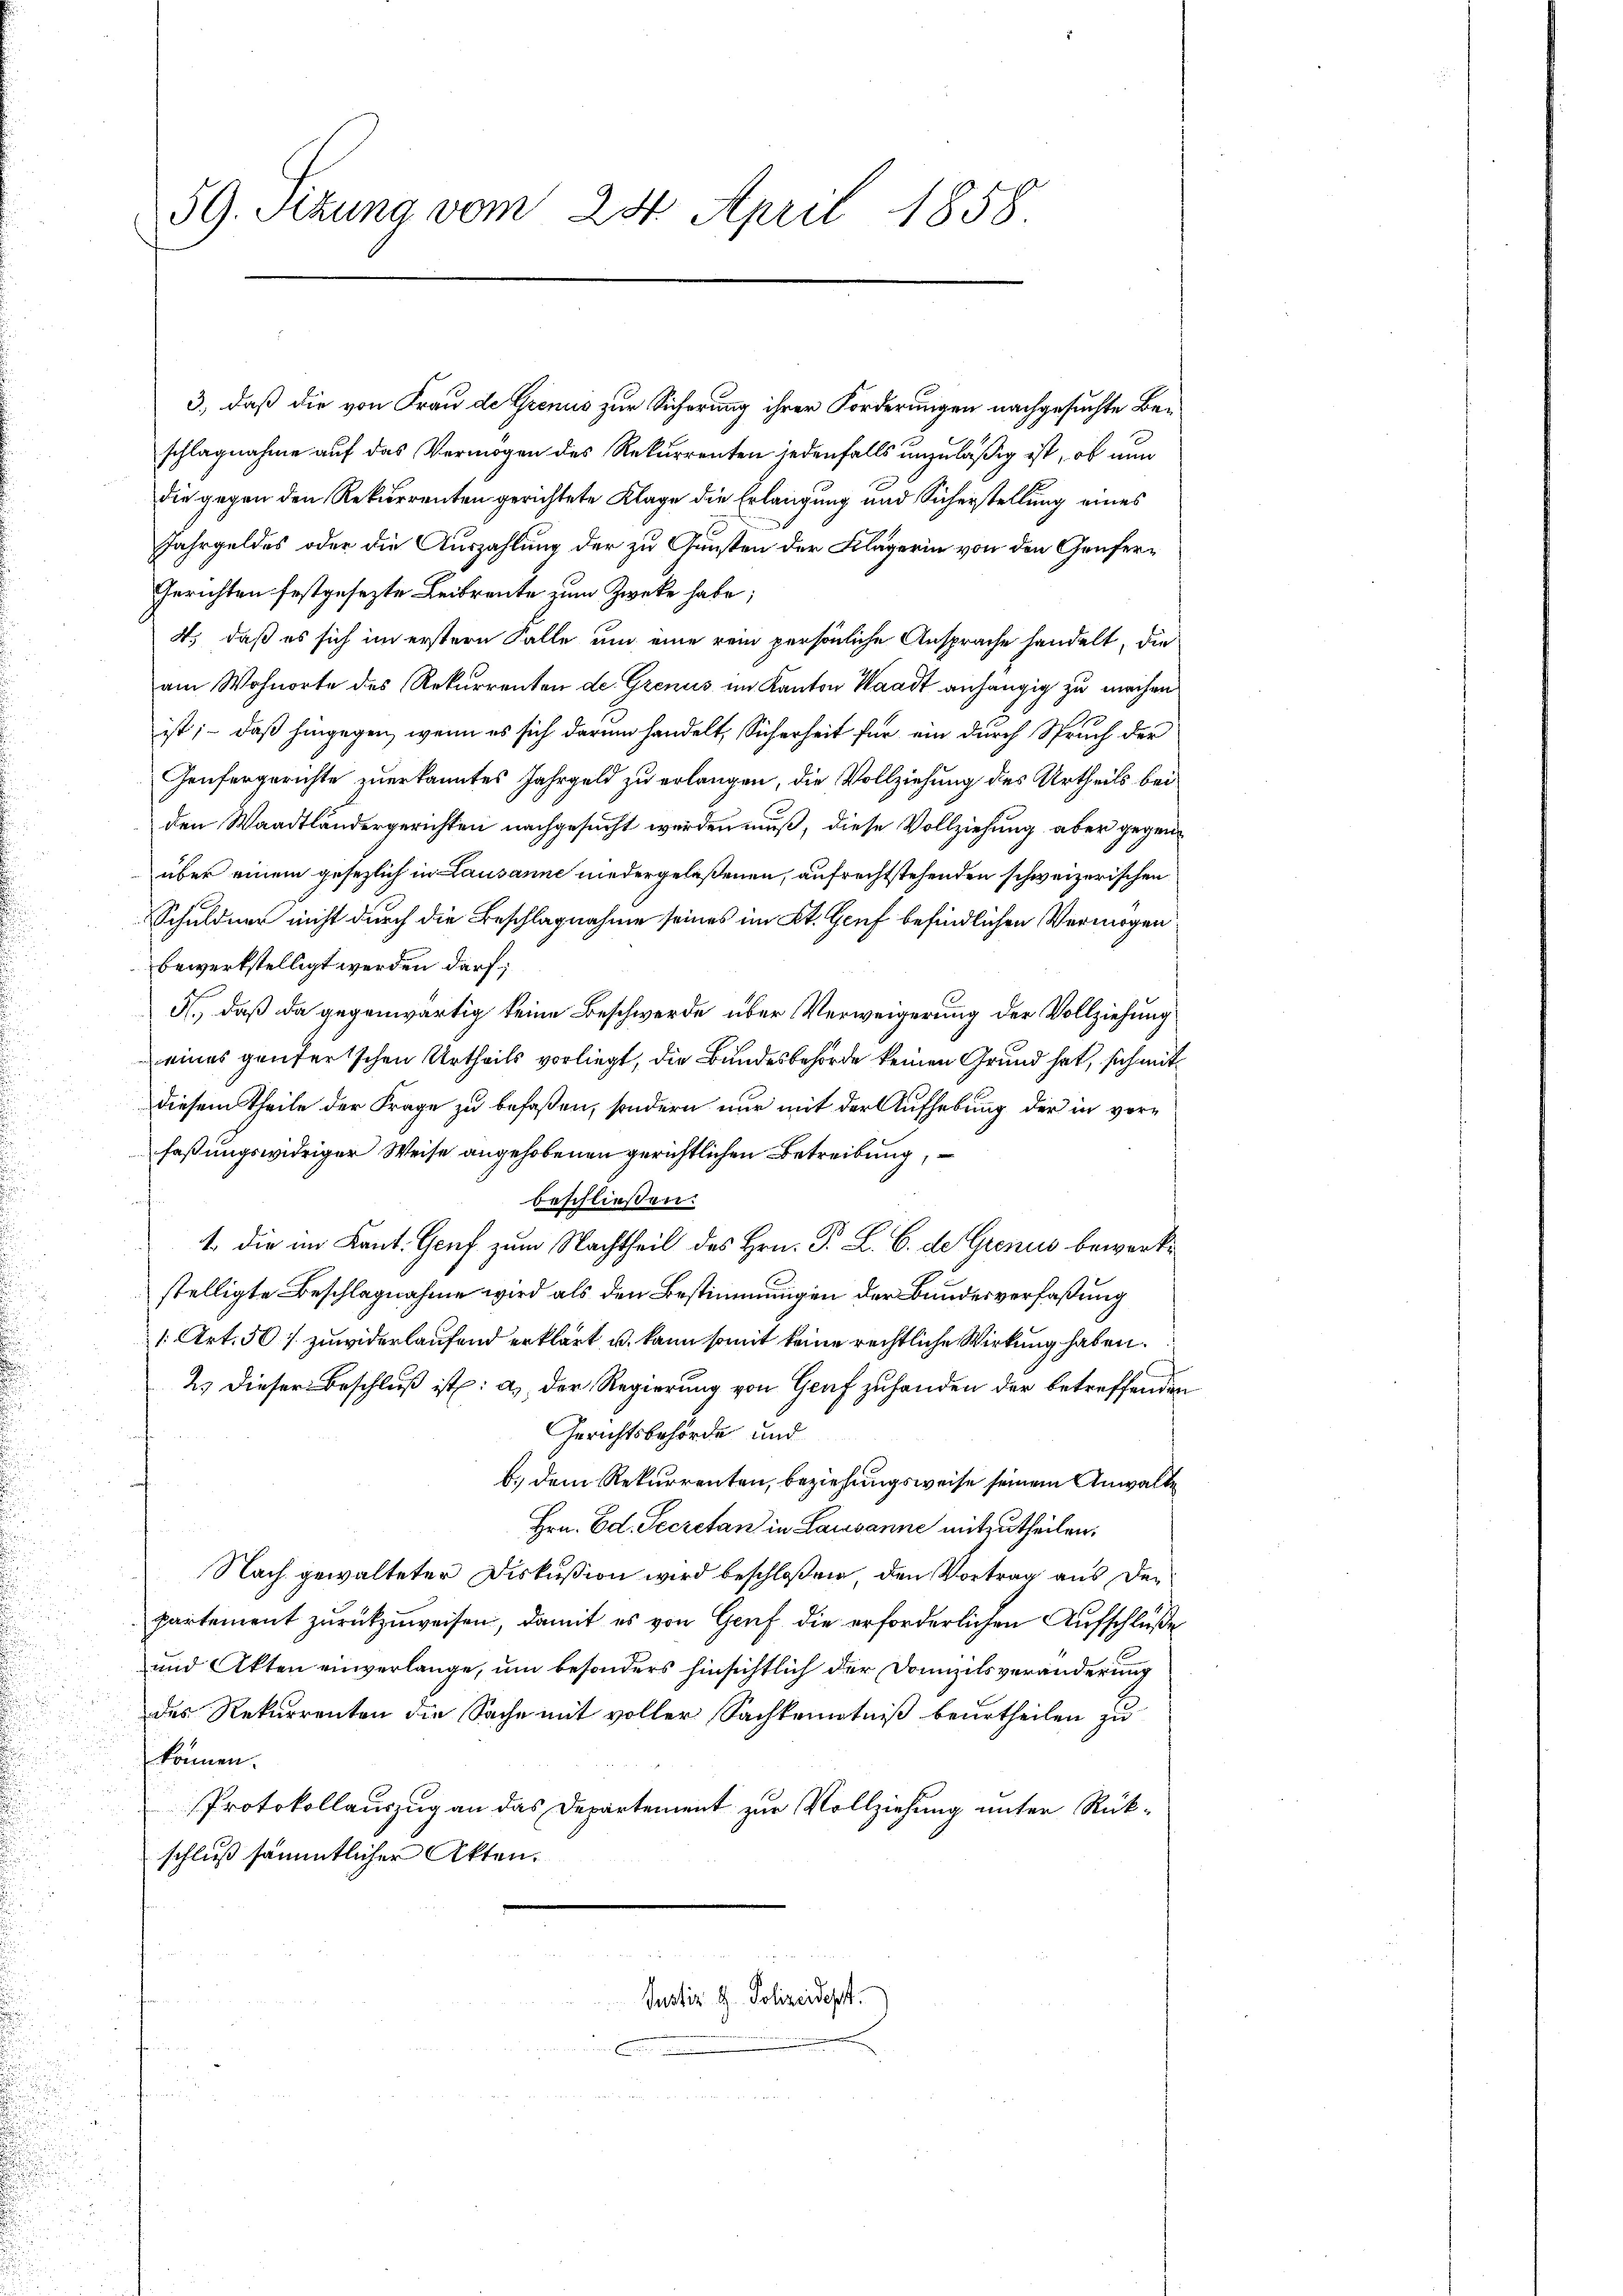
beschließen:
1. die im Kant. Genf zum Nachtheil des Hrn. F. L. B. de Grenus bewerke
stelligte Beschlagnahme wird als den Bestimmungen der Bundesverfaßung
1 Art. 501. zuwiderlaufend erklärt, u. kann somit keine rechtliche Wirkung haben.
2.) Dieser Beschluß ist: a) Der Regierung von Graf zufanden der betreffenden
Gerichtsbehörde und
b. dem Rekurrenten, beziehungsweise seinem Anwalte
Hrn. Ed. Secretan in Lausanne mitzutheilen.
Nach gewalteter Diskußion wird beschloßen, den Vortrag aus der
partement zurückzuweisen, damit es von Genf die erforderlichen Aufschluße
und Akten einverlange, um besonders hinsichtlich der Domizilsveränderung
des Rekurrenten die Sache mit voller Sachkenntniß beurtheilen zu
können.
Protokollauszug an das Departement zur Vollziehung unter Rückschluß sämmtlicher Akten.
Justiz & Polizeidesst.
n

59. Sizung vom 24. April 1858

3., daß die von Frau de Grenus zur Sicherung ihrer Forderungen nachgesuchte Beschlagnahme auf das Vermögen des Rekurrenten jedenfalls unzuläßig ist, ob nun
die gegen den Rekurrenten gerichtete Klage die Erlangung und Sicherstellung eines
Jahrgeldes oder die Auszahlung der zu Gunsten der Klägerin von den Genfer¬
Gerichten festgesezte Leibrente zum Zwecke habe;
4.) daß es sich im erstern Falle um eine rein persönliche Ansprache handelt, die
am Wohnorte des Rekurrenten de Grenus im Kanton Waadt anhängig zu machen
ist; – daß hingegen, wenn es sich darum handelt, Sicherheit für ein durch Spruch der
Genfergerichte zuerkanntes Jahrgeld zu erlangen, die Vollziehung des Urtheils bei
den Waadtländergerichten nachgesucht werden muß, diese Vollziehung aber gegenüber einem gesezlich in Lausanne niedergelaßenen, aufrechtstehenden schweizerischen
Schuldner nicht durch die Beschlagnahme seines im Kt. Genf befindlichen Vermögen
bewerkstelligt werden darf;
A., daß da gegenwärtig keine Beschwerde über Verweigerung der Vollziehung
eines genfertschen Urtheils vorliegt, die Bundesbehörde keinen Grund hat, sich mit
diesem Theile der Frage zu befaßen, sondern nur mit der Aufhebung der in vorfaßungswidriger Weise angehobenen gerichtlichen Betreibung,